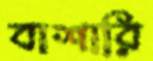
বাশারি